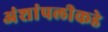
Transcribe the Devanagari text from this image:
अंशांपलीकडे